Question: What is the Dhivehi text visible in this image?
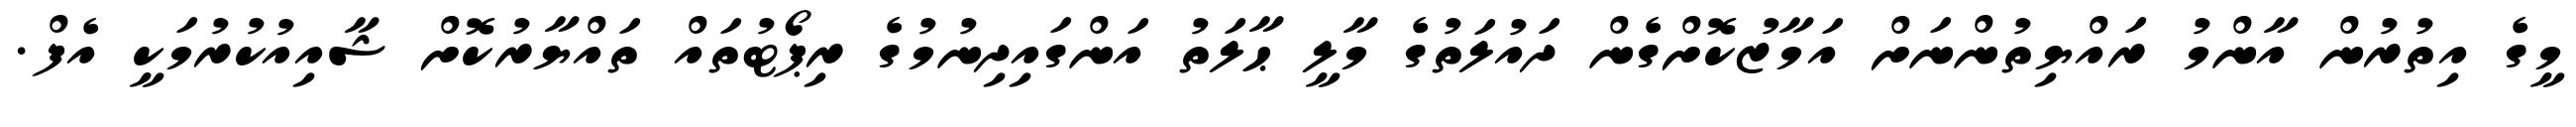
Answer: މީގެ އިތުރުން އާންމު ރައްޔިތުންނަށް އަމާޒުކޮށްގެން ދައުލަތުގެ މާލީ ޙާލަތު އަންގައިދިނުމުގެ ރިޕޯޓުތައް ތައްޔާރުކޮށް ޝާއިއުކުރުމަކީ އެފް.